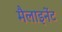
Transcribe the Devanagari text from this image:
मैलाइनेंट